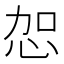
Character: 㤎